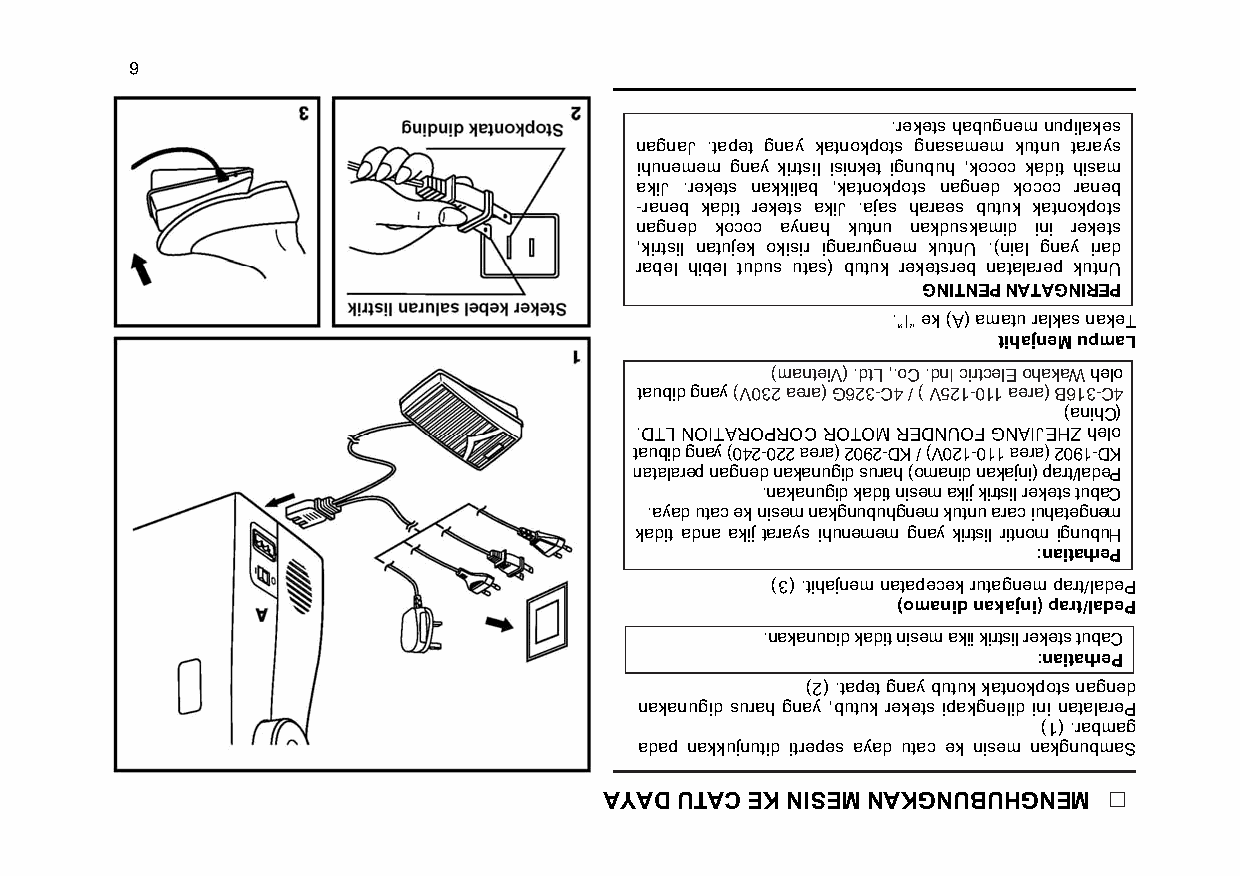
6
 .reketshabugnemnupilakes
 nagnaJ .tapet gnay katnokpots gnasamem kutnu tarays
 ihunemem gnay kirtsil isinket ignubuh ,kococ kadit hisam
 akiJ .rekets nakkilab ,katnokpots nagned kococ raneb
 -raneb kadit rekets akiJ .ajas haraes butuk katnokpots
 nagned kococ aynah kutnu nakduskamid ini rekets
 ,kirtsil natujek okisir ignarugnem kutnU .)nial gnay irad
 rabel hibel tudus utas( butuk reketsreb natalarep kutnU
 GNITNEPNATAGNIREP
 .”I“ek)A(amaturalkasnakeT
 tihajneMupmaL
 )manteiV( .dtL ,.oC .dnI cirtcelE ohakaWhelo
 taubidgnay)V032aera( G623-C4 / ) V521-011aera( B613-C4
 )anihC(
 .DTLNOITAROPROCROTOMREDNUOF GNAIJEHZ helo
 taubidgnay)042-022aera(2092-DK / )V021-011aera(2091-DK
 natalarep nagned nakanugid surah )omanid nakajni( part/ladeP
 .nakanugidkaditnisemakijkirtsilreketstubaC
 .ayadutaceknisemnakgnubuhgnemkutnuaraciuhategnem
 kadit adna akij tarays ihunemem gnay kirtsil ritnom ignubuH
 :naitahreP
 )3(.tihajnemnatapecekrutagnempart/ladeP
 )omanidnakajni(part/ladeP
 .nakanugidkaditnisemakijkirtsilreketstubaC
 :naitahreP
 )2(.tapetgnaybutukkatnokpotsnagned
 nakanugid surah gnay ,butuk rekets ipakgnelid ini natalareP
 )1(.rabmag
 adap nakkujnutid itrepes ayad utac ek nisem nakgnubmaS
 AYAD UTAC EK NISEM NAKGNUBUHGNEM